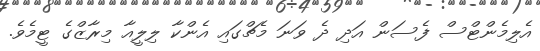
އެލިމެންޓްސް ފެސަން އަދި ދެ ވަނަ މެޗްގައި އެންކާ ލިލީއާ މިރާޒްގެ ޓީމެވެ.